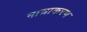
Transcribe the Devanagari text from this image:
मात्राकरण